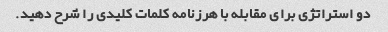
دو استراتژی برای مقابله با هرزنامه کلمات کلیدی را شرح دهید.